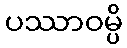
ပဿာဝမ္ပိ